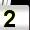
Digit: 2